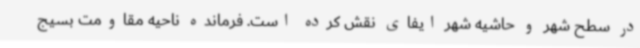
در سطح شهر و حاشیه شهر ایفای نقش کرده است. فرمانده ناحیه مقاومت بسیج